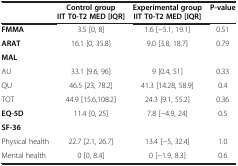
<table><thead><tr><td><b> </b></td><td><b>Control group IIT T0-T2 MED [IQR]</b></td><td><b>Experimental group IIT T0-T2 MED [IQR]</b></td><td><b>P-value</b></td></tr></thead><tbody><tr><td><b>FMMA</b></td><td>3.5 [0, 8]</td><td>1.6 [−5.1, 19.1]</td><td>0.51</td></tr><tr><td><b>ARAT</b></td><td>16.1 [0, 35.8]</td><td>9.0 [3.8, 18.7]</td><td>0.79</td></tr><tr><td><b>MAL</b></td><td> </td><td> </td><td> </td></tr><tr><td>AU</td><td>33.1 [9.6, 96]</td><td>9 [0.4, 51]</td><td>0.33</td></tr><tr><td>QU</td><td>46.5 [23, 78.2]</td><td>41.3 [14.28, 58.9]</td><td>0.4</td></tr><tr><td>TOT</td><td>44.9 [15.6,108.2]</td><td>24.3 [9.1, 55.2]</td><td>0.36</td></tr><tr><td><b>EQ-5D</b></td><td>11.4 [0, 25]</td><td>7.8 [−4.9, 24]</td><td>0.5</td></tr><tr><td><b>SF-36</b></td><td> </td><td> </td><td> </td></tr><tr><td>Physical health</td><td>22.7 [2.1, 26.7]</td><td>13.4 [−5, 32.4]</td><td>1.0</td></tr><tr><td>Mental health</td><td>0 [0, 8.4]</td><td>0 [−1.9, 8.3]</td><td>0.6</td></tr></tbody></table>